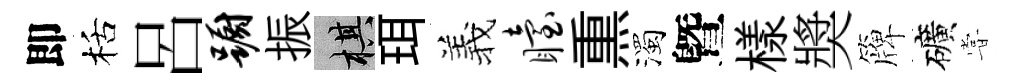
即栝呂蹰振棋珥羲眙𤋱濁曁樣奬簰礦甞